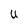
Character: U